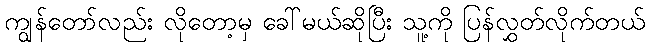
ကျွန်တော်လည်း လိုတော့မှ ခေါ်မယ်ဆိုပြီး သူ့ကို ပြန်လွှတ်လိုက်တယ်